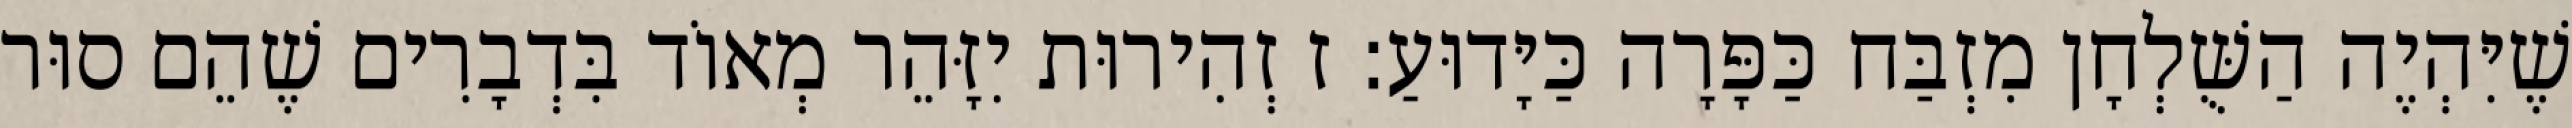
שֶׁיִּהְיֶה הַשֻּׁלְחָן מִזְבַּח כַּפָּרָה כַּיָּדוּעַ: ז זְהִירוּת יִזָּהֵר מְאוֹד בִּדְבָרִים שֶׁהֵם סוּר